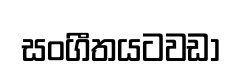
සංගීතයටවඩා